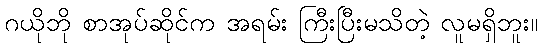
ဂယိုဘို စာအုပ်ဆိုင်က အရမ်း ကြီးပြီးမသိတဲ့ လူမရှိဘူး။